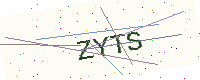
Text: ZYTS